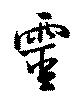
霊